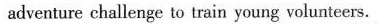
adventure challenge to train young volunteers.